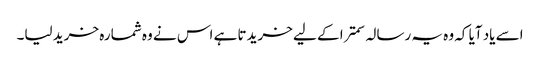
اسے یاد آیا کہ وہ یہ رسالہ سمترا کے لیے خریدتا ہے اس نے وہ شمارہ خرید لیا۔